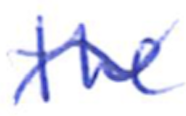
Text: the
Cross-out: wave
Writing tool: ballpoint